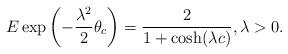
LaTeX: \begin{align*} E\exp\left(-\frac{\lambda^2}{2}\theta_c\right)=\frac{2}{1+\cosh(\lambda c)},\lambda>0. \end{align*}